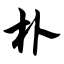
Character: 朴